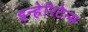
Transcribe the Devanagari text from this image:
इन्हेरिटेन्स